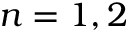
n = 1 , 2